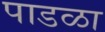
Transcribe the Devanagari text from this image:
पाडळा